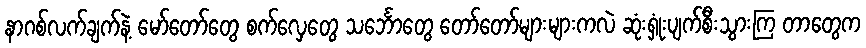
နာဂစ်လက်ချက်နဲ့ မော်တော်တွေ စက်လှေတွေ သင်္ဘောတွေ တော်တော်များများကလဲ ဆုံးရှုံးပျက်စီးသွားကြ တာတွေက